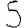
Digit: 5